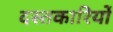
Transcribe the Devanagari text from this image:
दस्तकारियों